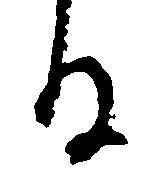
る